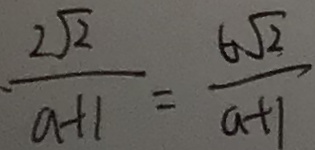
\cdot \frac { 2 \sqrt { 2 } } { a + 1 } = \frac { 6 \sqrt { 2 } } { a + 1 }